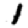
Digit: 1